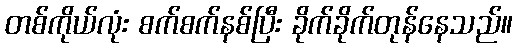
တစ်ကိုယ်လုံး စက်စက်နစ်ပြီး ခိုက်ခိုက်တုန်နေသည်။